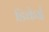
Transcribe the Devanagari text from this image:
डिकेई